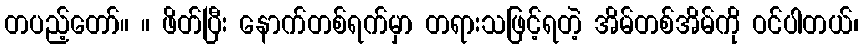
တပည့်တော်။ ။ ဖိတ်ပြီး နောက်တစ်ရက်မှာ တရားသဖြင့်ရတဲ့ အိမ်တစ်အိမ်ကို ဝင်ပါတယ်၊